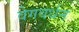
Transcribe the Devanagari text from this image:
वेगवर्धन